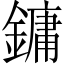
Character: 鏞